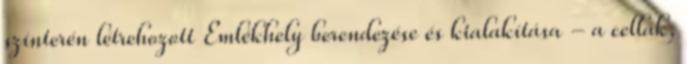
színterén létrehozott Emlékhely berendezése és kialakítása - a cellák,